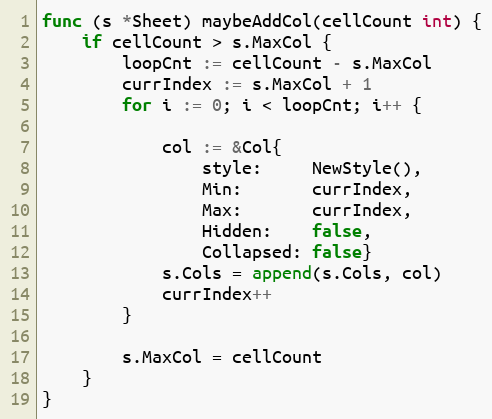
Language: Go
func (s *Sheet) maybeAddCol(cellCount int) {
	if cellCount > s.MaxCol {
		loopCnt := cellCount - s.MaxCol
		currIndex := s.MaxCol + 1
		for i := 0; i < loopCnt; i++ {

			col := &Col{
				style:     NewStyle(),
				Min:       currIndex,
				Max:       currIndex,
				Hidden:    false,
				Collapsed: false}
			s.Cols = append(s.Cols, col)
			currIndex++
		}

		s.MaxCol = cellCount
	}
}